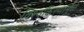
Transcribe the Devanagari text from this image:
विश्वकिरणांमुळे